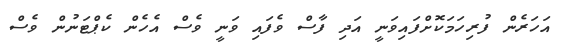
އަހަރެން ފުރިހަމަކޮށްފައިވަނީ އަދި ފާސް ވެފައި ވަނީ ވެސް އެހެން ކެޕްޓަނުން ވެސް